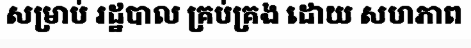
សម្រាប់ រដ្ឋបាល គ្រប់គ្រង ដោយ សហភាព